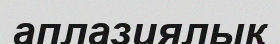
аплазиялық